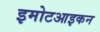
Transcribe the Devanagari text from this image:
इमोटआइकन